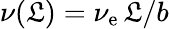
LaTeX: \nu(\mathfrak{L})=\nu_{\mathrm{{e}}}\, \mathfrak{L}/b